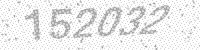
Solution: 152032